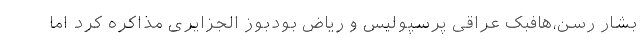
بشار رسن،‌هافبک عراقی پرسپولیس و ریاض بودبوز الجزایری مذاکره کرد اما